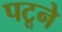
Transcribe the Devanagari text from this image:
पटूने